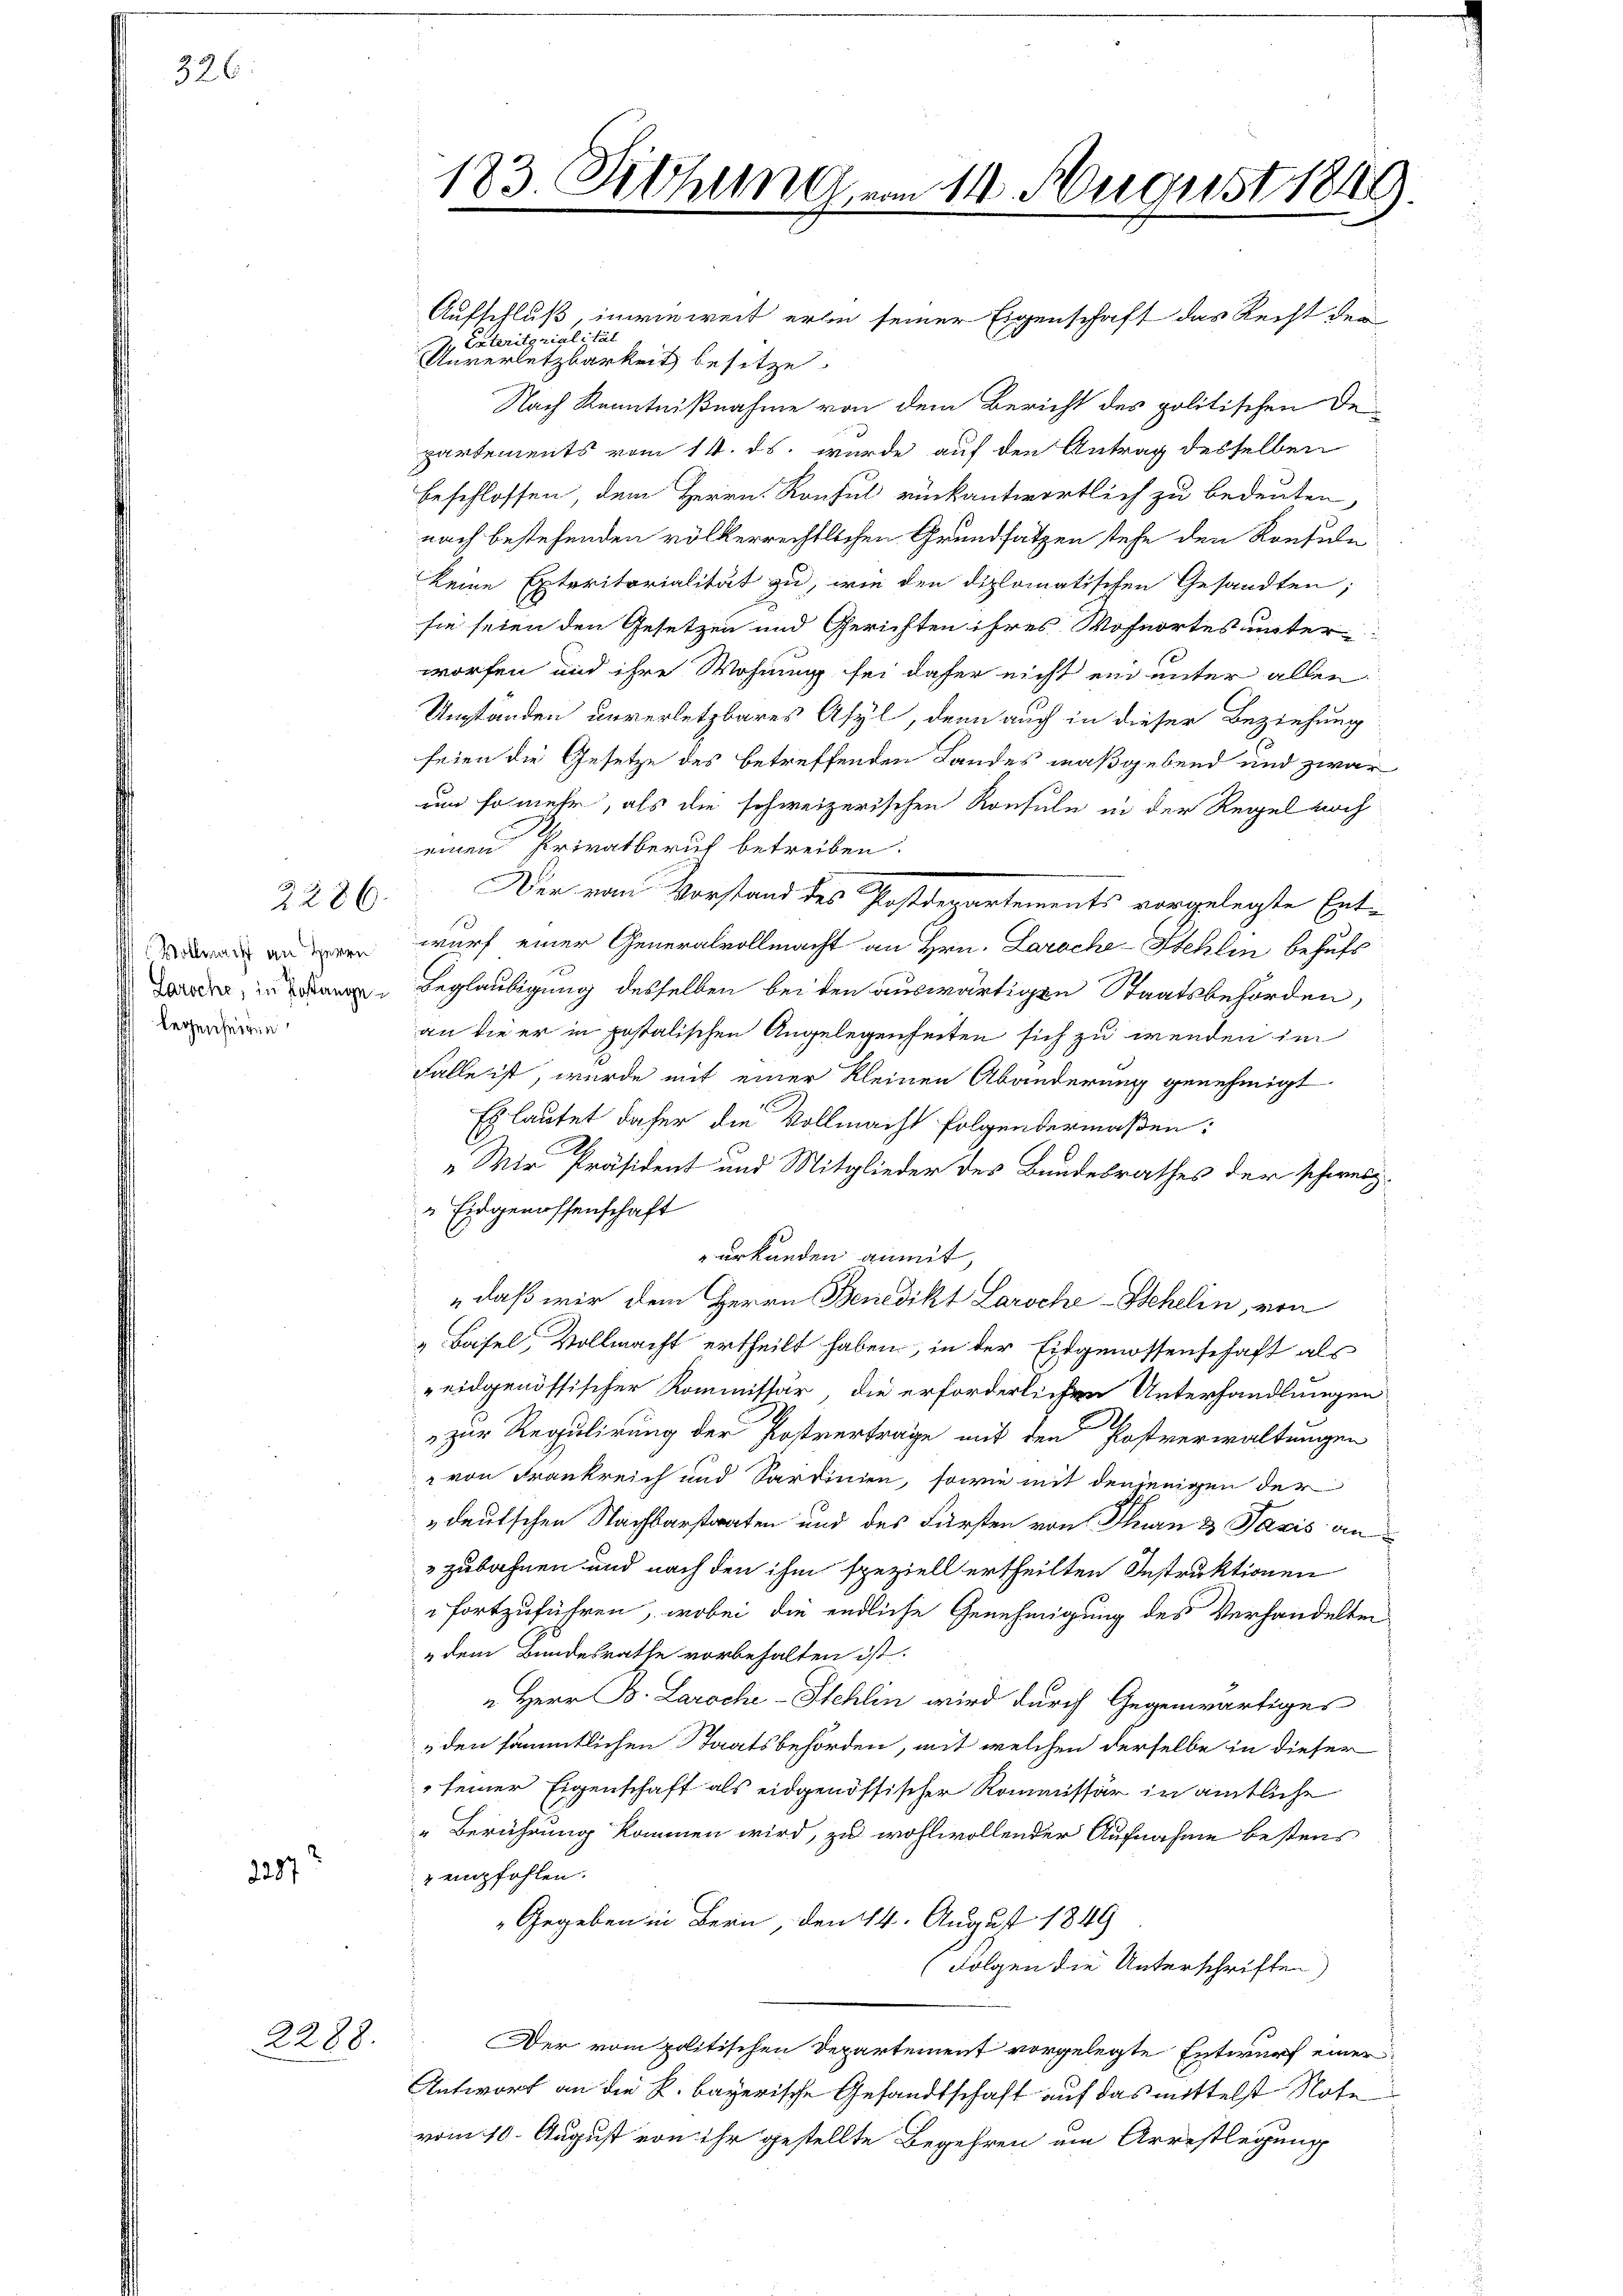
326

2287

2286

Vollmacht an Herrn
Laroche; in Postangelegenseiten

2288.

183. Athem 14. August 1849.
J

Aufschluß, inwieweit erhin seiner Eigenschaft das Recht der
 Exteritorialität
Unversetzbarkeit besitze.
Nach Kenntnißnahme von dem Bericht des politischen De-
partements vom 14. ds. wurde auf den Antrag desselben
beschlossen, dem Herrn Konful rückantwortlich zu bedeuten,
nach bestehenden völkerrechtlichen Grundsätzen stehe den Kontale
keine Exteritorialität zu, wie den diplomatischen Gesandten;
sie seien den Gesetzen und Gerichten ihres Wohnortes unterworfen und ihre Wohnung sei daher nicht ein unter allen
Umstanden unverletzbares Asyl, denn auch in dieser Beziehung
seien die Gesetze des betreffenden Landes maßgebend und zwar
um so mehr, als die schweizerischen Konsule in der Regel noch
einen Privatberuf betreiben.
wurf einer Generalvollmacht an Hrn. Laroche-Stehlin behufs
Beglaubigung desselben bei den auswärtigen Staatsbehörden,
an die er in postalischen Angelegenheiten sich zu wenden im
Falle ist, wurde mit einer kleinen Abänderung genehmigt
Es lautet daher die Vollmacht folgendermaßen:
„Wir Präsident und Mitglieder des Bundesrathes der schweiz.
" Eidgenossenschaft
urkunden anmit
„daß wir dem Herrn Benedikt Laroche Behelin, von
& Basel, Vollmacht ertheilt haben, in der Eidgenossenschaft als
eidgenössischer Kommissär, die erforderlichen Unterhandlungen
.
zur Regulirung der Postverträge mit den Postverwaltungen
 von Frankreich und Sardinien, sowie mit denjenigen der
deutschen Nachbarstaaten und des Fürsten von Thurn 3 Pavis an
» zubahnen und nach den ihm speziell ertheilten Instruktionen
fortzuführen, wobei die endliche Genehmigung des Verhandelten
„dem Bundesrathe vorbehalten ist.
" Herr B. Laroche-Stehlin wird durch Gegenwärtiges
den sämmtlichen Staatsbehörden, mit welchen derselbe in dieser
seiner Eigenschaft als eidgenössischer Kommissär in amtliche
"Berührung kommen wird, zu wohlwollender Aufnahme bestens
 empfohlen.
Gegeben in Bern, den 14. August 1849
Folgen die Unterschriften)
Der vom politischen Departement vorgelegte Entwurf einer
Antwort an die k. bayerische Gesandtschaft auf das mittelst Note
vom 10. August von ihr gestellte Begehren am Arrestlegung

Der vom Vorstand des Postdepartements vorgelegte Ent-